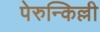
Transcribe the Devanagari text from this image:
पेरुन्किल्ली